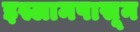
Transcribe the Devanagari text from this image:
इस्लामपासून